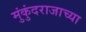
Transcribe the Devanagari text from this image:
मुंकुंदराजाच्या